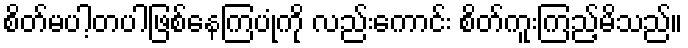
စိတ်မပါ့တပါဖြစ်နေကြပုံကို လည်းကောင်း စိတ်ကူးကြည့်မိသည်။